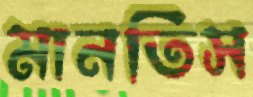
মানতিস